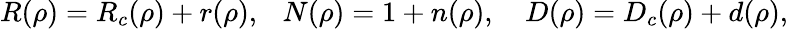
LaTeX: R(\rho)=R_{c}(\rho)+r(\rho),~~~N(\rho)=1+n(\rho),~~~~D(\rho)=D_{c}(\rho)+d(\rho),